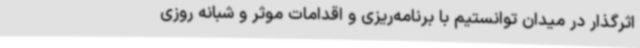
اثرگذار در میدان توانستیم با برنامه‌ریزی و اقدامات موثر و شبانه ‌روزی